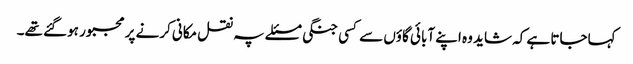
کہاجاتا ہے کہ شاید وہ اپنے آبائی گاؤں سے کسی جنگی مسئلے پہ نقل مکانی کرنے پر مجبور ہوگئے تھے۔